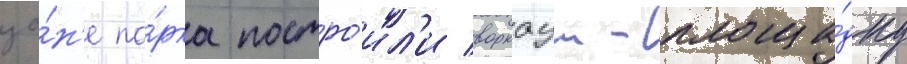
зо́н'е па́рка постро́ил'и воркаут-площа́дку